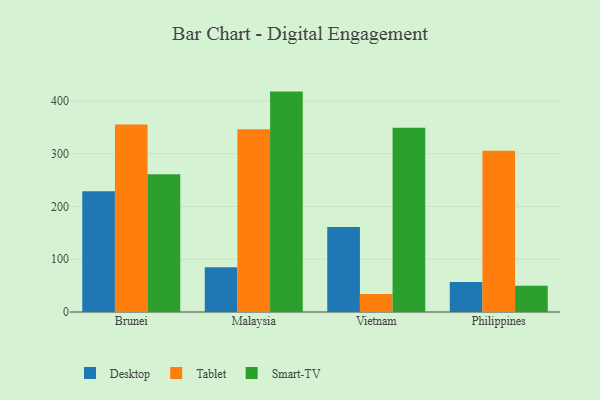
{"axis": {"x": "Country", "y": "Tickets Resolved"}, "legend": ["Desktop", "Smart-TV", "Tablet"], "data": [{"x": "Brunei", "y": 229.0, "type": "Desktop"}, {"x": "Brunei", "y": 355.2, "type": "Tablet"}, {"x": "Brunei", "y": 261.1, "type": "Smart-TV"}, {"x": "Malaysia", "y": 84.6, "type": "Desktop"}, {"x": "Malaysia", "y": 346.5, "type": "Tablet"}, {"x": "Malaysia", "y": 417.8, "type": "Smart-TV"}, {"x": "Vietnam", "y": 161.0, "type": "Desktop"}, {"x": "Vietnam", "y": 34.0, "type": "Tablet"}, {"x": "Vietnam", "y": 349.1, "type": "Smart-TV"}, {"x": "Philippines", "y": 56.7, "type": "Desktop"}, {"x": "Philippines", "y": 305.6, "type": "Tablet"}, {"x": "Philippines", "y": 49.8, "type": "Smart-TV"}]}